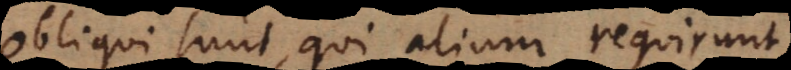
Obliqui sunt, qui alium requirunt,